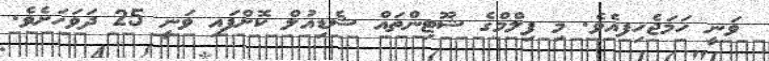
ވަނީ ހަމަޖެހިފއެވެ. މި ފިލްމްގެ ޝޫޓިންތައް ޝެޑިއުލް ކޮށްފައި ވަނީ 25 ދަވަހަށެވެ.